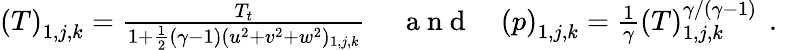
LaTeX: \begin{array}{rlr}{\left(T\right)_{1,j,k}=\frac{T_{t}}{1+\frac{1}{2}(\gamma-1)(u^{2}+v^{2}+w^{2})_{1,j,k}}\, }&{{}\mathrm{~a~n~d~}}&{\left(p\right)_{1,j,k}=\frac{1}{\gamma}(T)_{1,j,k}^{\gamma/(\gamma-1)}\, \mathrm{~.~}}\end{array}